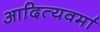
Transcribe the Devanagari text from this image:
आदित्यवर्मा